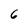
Character: 6